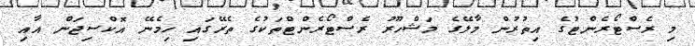
މި ރެސްޓޯރެންޓުގެ އިތުރުން މާލޭގެ މަޝްހޫރު ރެސްޓޯރެންޓްތަކުގެ ތެރޭގައި ހިމެނޭ އޮކްސިޖަން އާއި